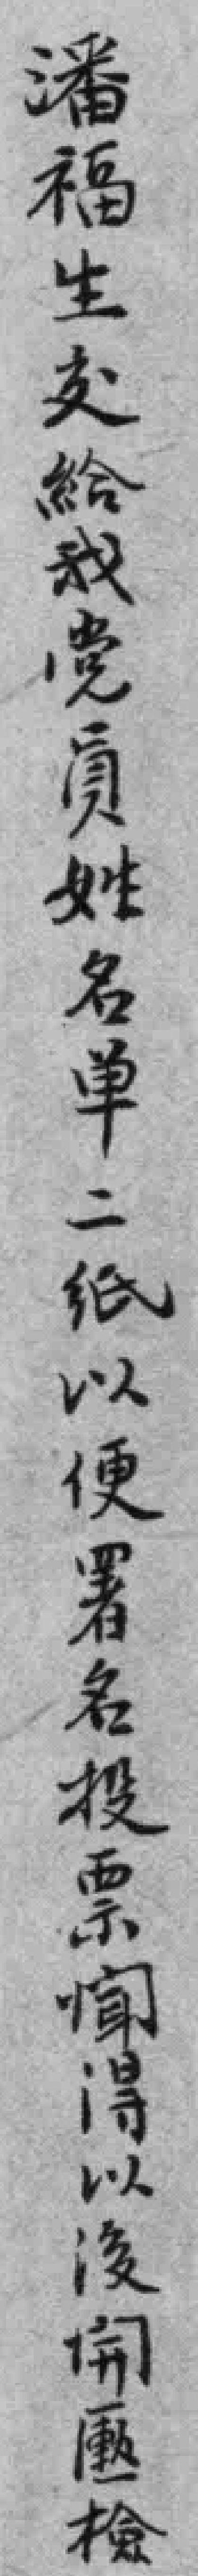
潘福生交給我党員姓名单二纸以便署名投票闻得以後𫔭匭檢